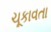
ચૂકાવતા